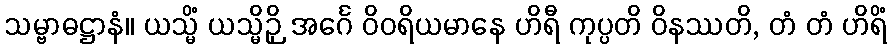
သမ္ဗာဓဋ္ဌာနံ။ ယသ္မိံ ယသ္မိဉှိ အင်္ဂေ ဝိဝရိယမာနေ ဟိရီ ကုပ္ပတိ ဝိနဿတိ, တံ တံ ဟိရိံ